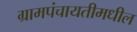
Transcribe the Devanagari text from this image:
ग्रामपंचायतीमधील